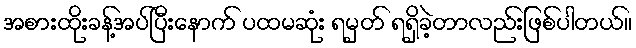
အစားထိုးခန့်အပ်ပြီးနောက် ပထမဆုံး ရမှတ် ရရှိခဲ့တာလည်းဖြစ်ပါတယ်။